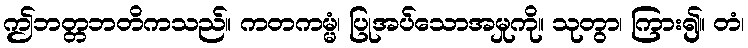
ဤဘတ္တဘတိကသည်။ ကတကမ္မံ၊ ပြုအပ်သောအမှုကို။ သုတွာ၊ ကြား၍။ တံ၊